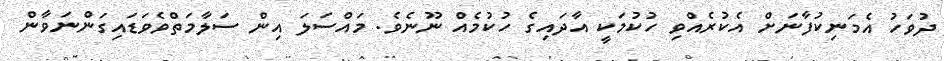
ދުވަހު އެމަނިކުފާނަށް އެކުރެއްވި ހުކުމަކީ އާދައިގެ ހުކުމެއް ނޫނެވެ. މައްސަލަ އިން ސަލާމަތްވެވަޑައިގަންނަވާން